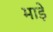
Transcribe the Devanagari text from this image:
भाडे़